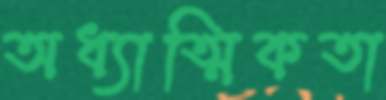
অধ্যাত্মিকতা